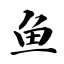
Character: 鱼